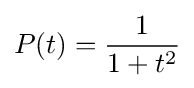
P(t)={\frac {1}{1+t^{2}}}